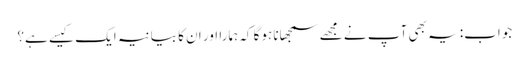
جواب: یہ بھی آپ نے مجھے سمجھانا ہوگا کہ ہمارا اور ان کا بیانیہ ایک کیسے ہے؟